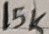
Text: 15K